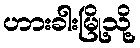
ဟားခါးမြို့သို့